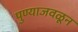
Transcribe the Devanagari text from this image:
पुण्याजवळून